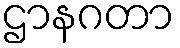
ဌာနဂတာ